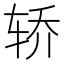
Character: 轿